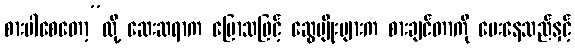
စားပါစေတော့”လို့ ဆေးဆရာက ပြောသဖြင့် ဆွေမျိုးများက စားချင်တာကို ပေးနေသည်နှင့်